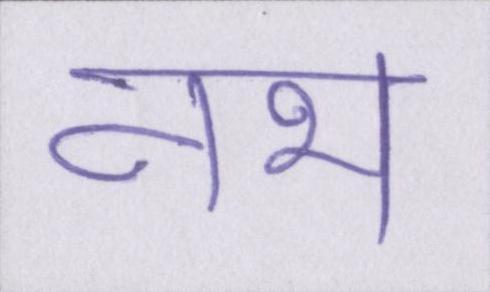
नभ